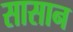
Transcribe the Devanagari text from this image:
सासान